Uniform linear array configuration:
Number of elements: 4
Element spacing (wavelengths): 1
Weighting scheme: binomial
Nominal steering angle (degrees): -30
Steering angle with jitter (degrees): -28.906
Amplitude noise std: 0.05
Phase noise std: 0.05

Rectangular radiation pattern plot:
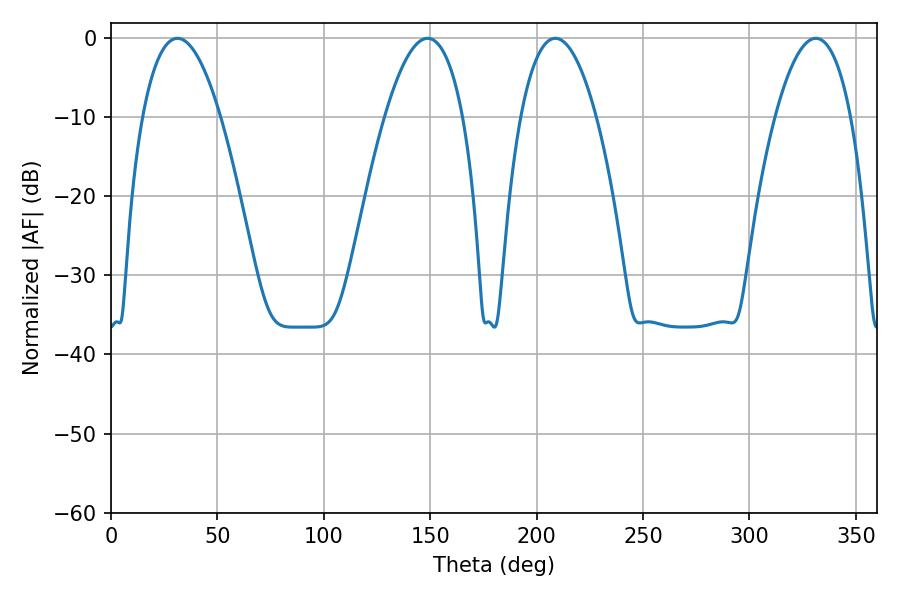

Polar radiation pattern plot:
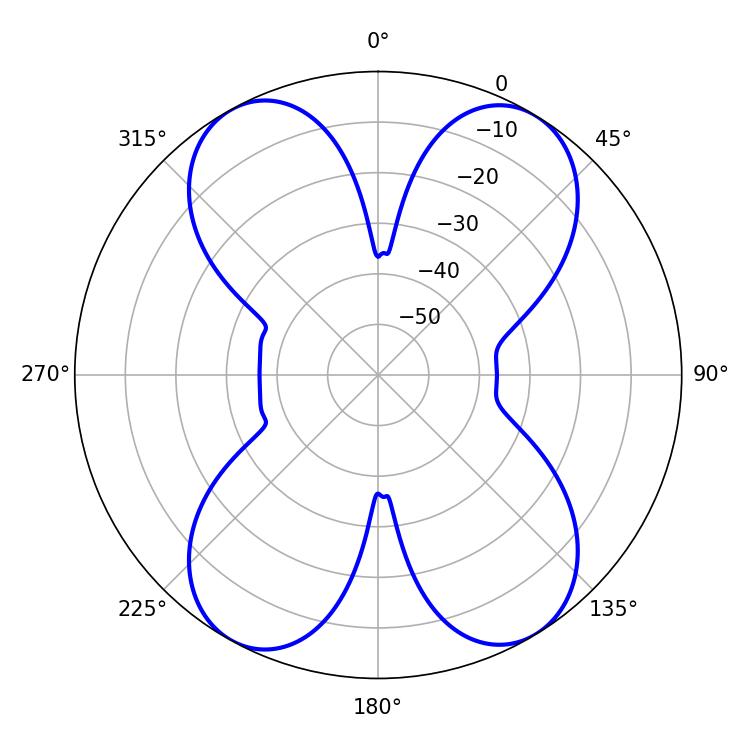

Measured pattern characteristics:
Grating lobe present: TRUE
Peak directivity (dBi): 16.832
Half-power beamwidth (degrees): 19.62
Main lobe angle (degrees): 208.8